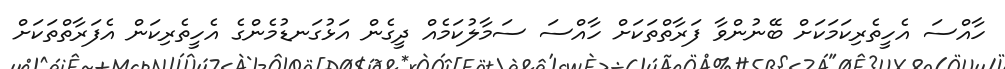
ހާއްސަ އެހީތެރިކަމަކަށް ބޭނުންވާ ފަރާތްތަކަށް ހާއްސަ ސަމާލުކަމެއް ދީގެން އަޅުގަނޑުމެންގެ އެހީތެރިކަން އެފަރާތްތަކަށް